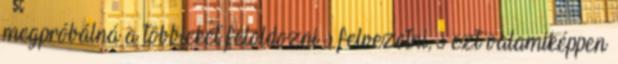
megpróbálná a többieket feloldozni s felvezetni, s ezt valamiképpen